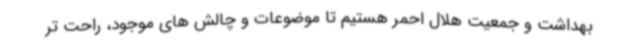
بهداشت و جمعیت هلال احمر هستیم تا موضوعات و چالش های موجود، راحت تر